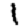
Digit: 1